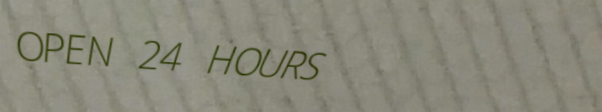
OPEN 24 HOURS